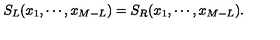
S _ { L } ( x _ { 1 } , \cdots , x _ { M - L } ) = S _ { R } ( x _ { 1 } , \cdots , x _ { M - L } ) .